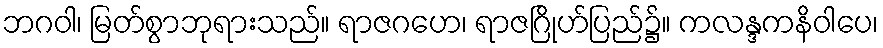
ဘဂဝါ၊ မြတ်စွာဘုရားသည်။ ရာဇဂဟေ၊ ရာဇဂြိုဟ်ပြည်၌။ ကလန္ဒကနိဝါပေ၊